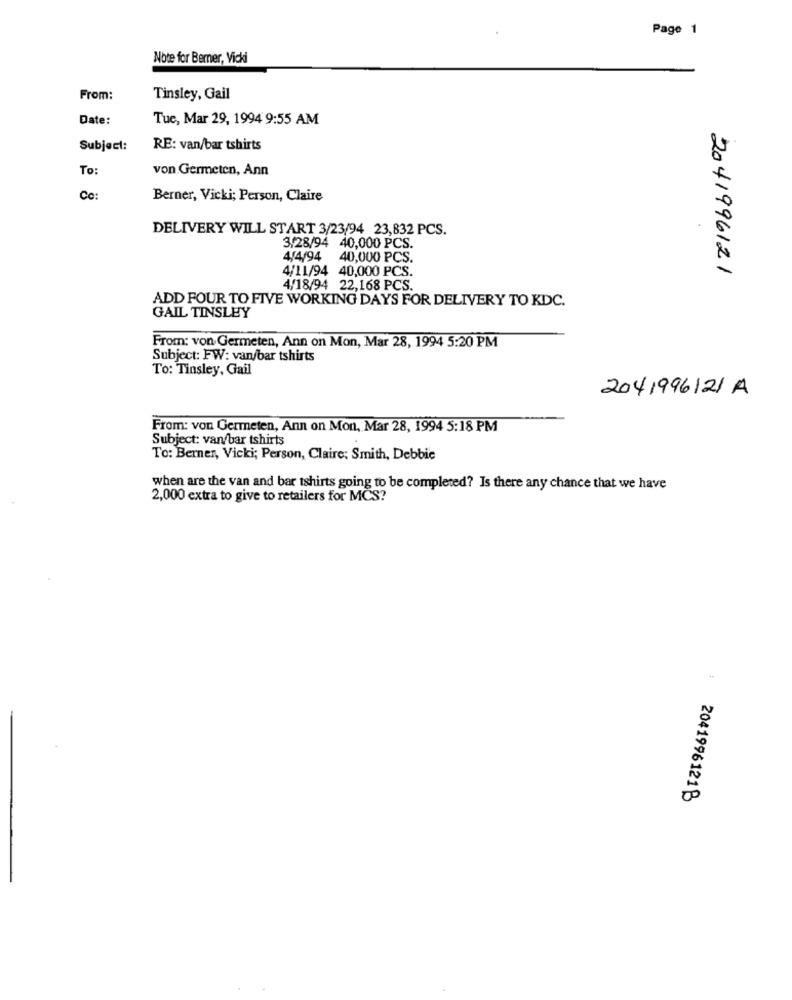
Page 1
Note for Bemer, Vicki
From:
Tinsley, Gail
Date:
Tue, Mar 29, 1994 9:55 AM
Subject:
RE: van/bar tshirts
To:
von Germeten, Ann
Co:
Berner, Vicki; Person, Claire
DELIVERY WILL START 3/23/94 23,832 PCS.
3/28/94 40,000 PCS.
4/4/94 40,000 PCS.
4/11/94 40,000 PCS.
2041996121
4/18/94 22,168 PCS.
ADD FOUR TO FIVE WORKING DAYS FOR DELIVERY TO KDC.
GAIL TINSLEY
From: von Germeten, Ann on Mon, Mar 28, 1994 5:20 PM
Subject: FW: van/bar tshirts
To: Tinsley, Gail
2041996121 A
From: von Germeten, Ann on Mon, Mar 28, 1994 5:18 PM
Subject: van/bar tshirts
To: Berner, Vicki; Person, Claire; Smith, Debbie
when are the van and bar tshirts going to be completed? Is there any chance that we have
2,000 extra to give to retailers for MCS?
20419961218